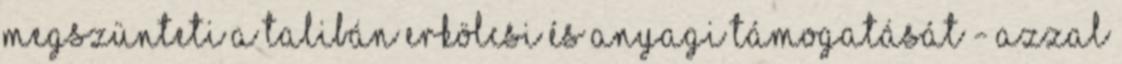
megszünteti a Talibán erkölcsi és anyagi támogatását - azzal